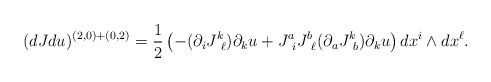
\begin{align*}(dJdu)^{(2,0)+(0,2)} = \frac{1}{2} \left( - (\partial_{i} J^k_{\ \ell} ) \partial_k u + J^a_{\ i} J^b_{\ \ell} (\partial_a J^k_{\ b}) \partial_k u \right) dx^i \wedge dx^{\ell}.\end{align*}